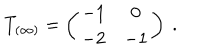
T _ { ( \infty ) } = \left( \begin{matrix} { { - 1 } } & { { 0 } } \\ { { - 2 } } & { { - 1 } } \\ \end{matrix} \right) \ .